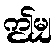
ဤမျှ